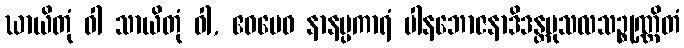
ဃာယိတုံ ဝါ သာယိတုံ ဝါ, ဧဝမေဝ နာနပ္ပကာရံ ပါနဘောဇနာဒိဒန္တမုသလသဉ္စုဏ္ဏိတံ